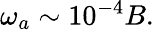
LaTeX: \begin{array}{r}{\omega_{a}\sim 10^{-4}B.}\end{array}